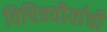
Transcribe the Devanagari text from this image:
विचित्रवीर्याची